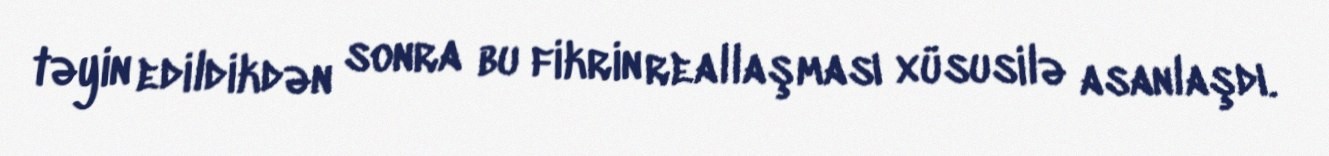
təyin edildikdən sonra bu fikrin reallaşması xüsusilə asanlaşdı.